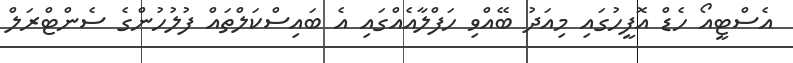
އެސްޓީއޯ ހެޑް އޮފީހުގައި މިއަދު ބޭއްވި ހަފްލާއެއްގައި އެ ބައިސްކަލްތައް ފުލުހުންގެ ސެންޓްރަލް